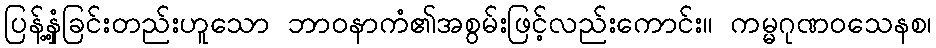
ပြန့်နှံ့ခြင်းတည်းဟူသော ဘာဝနာကံ၏အစွမ်းဖြင့်လည်းကောင်း။ ကမ္မဂုဏဝသေနစ၊